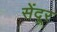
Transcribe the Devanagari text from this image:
सेंदूर